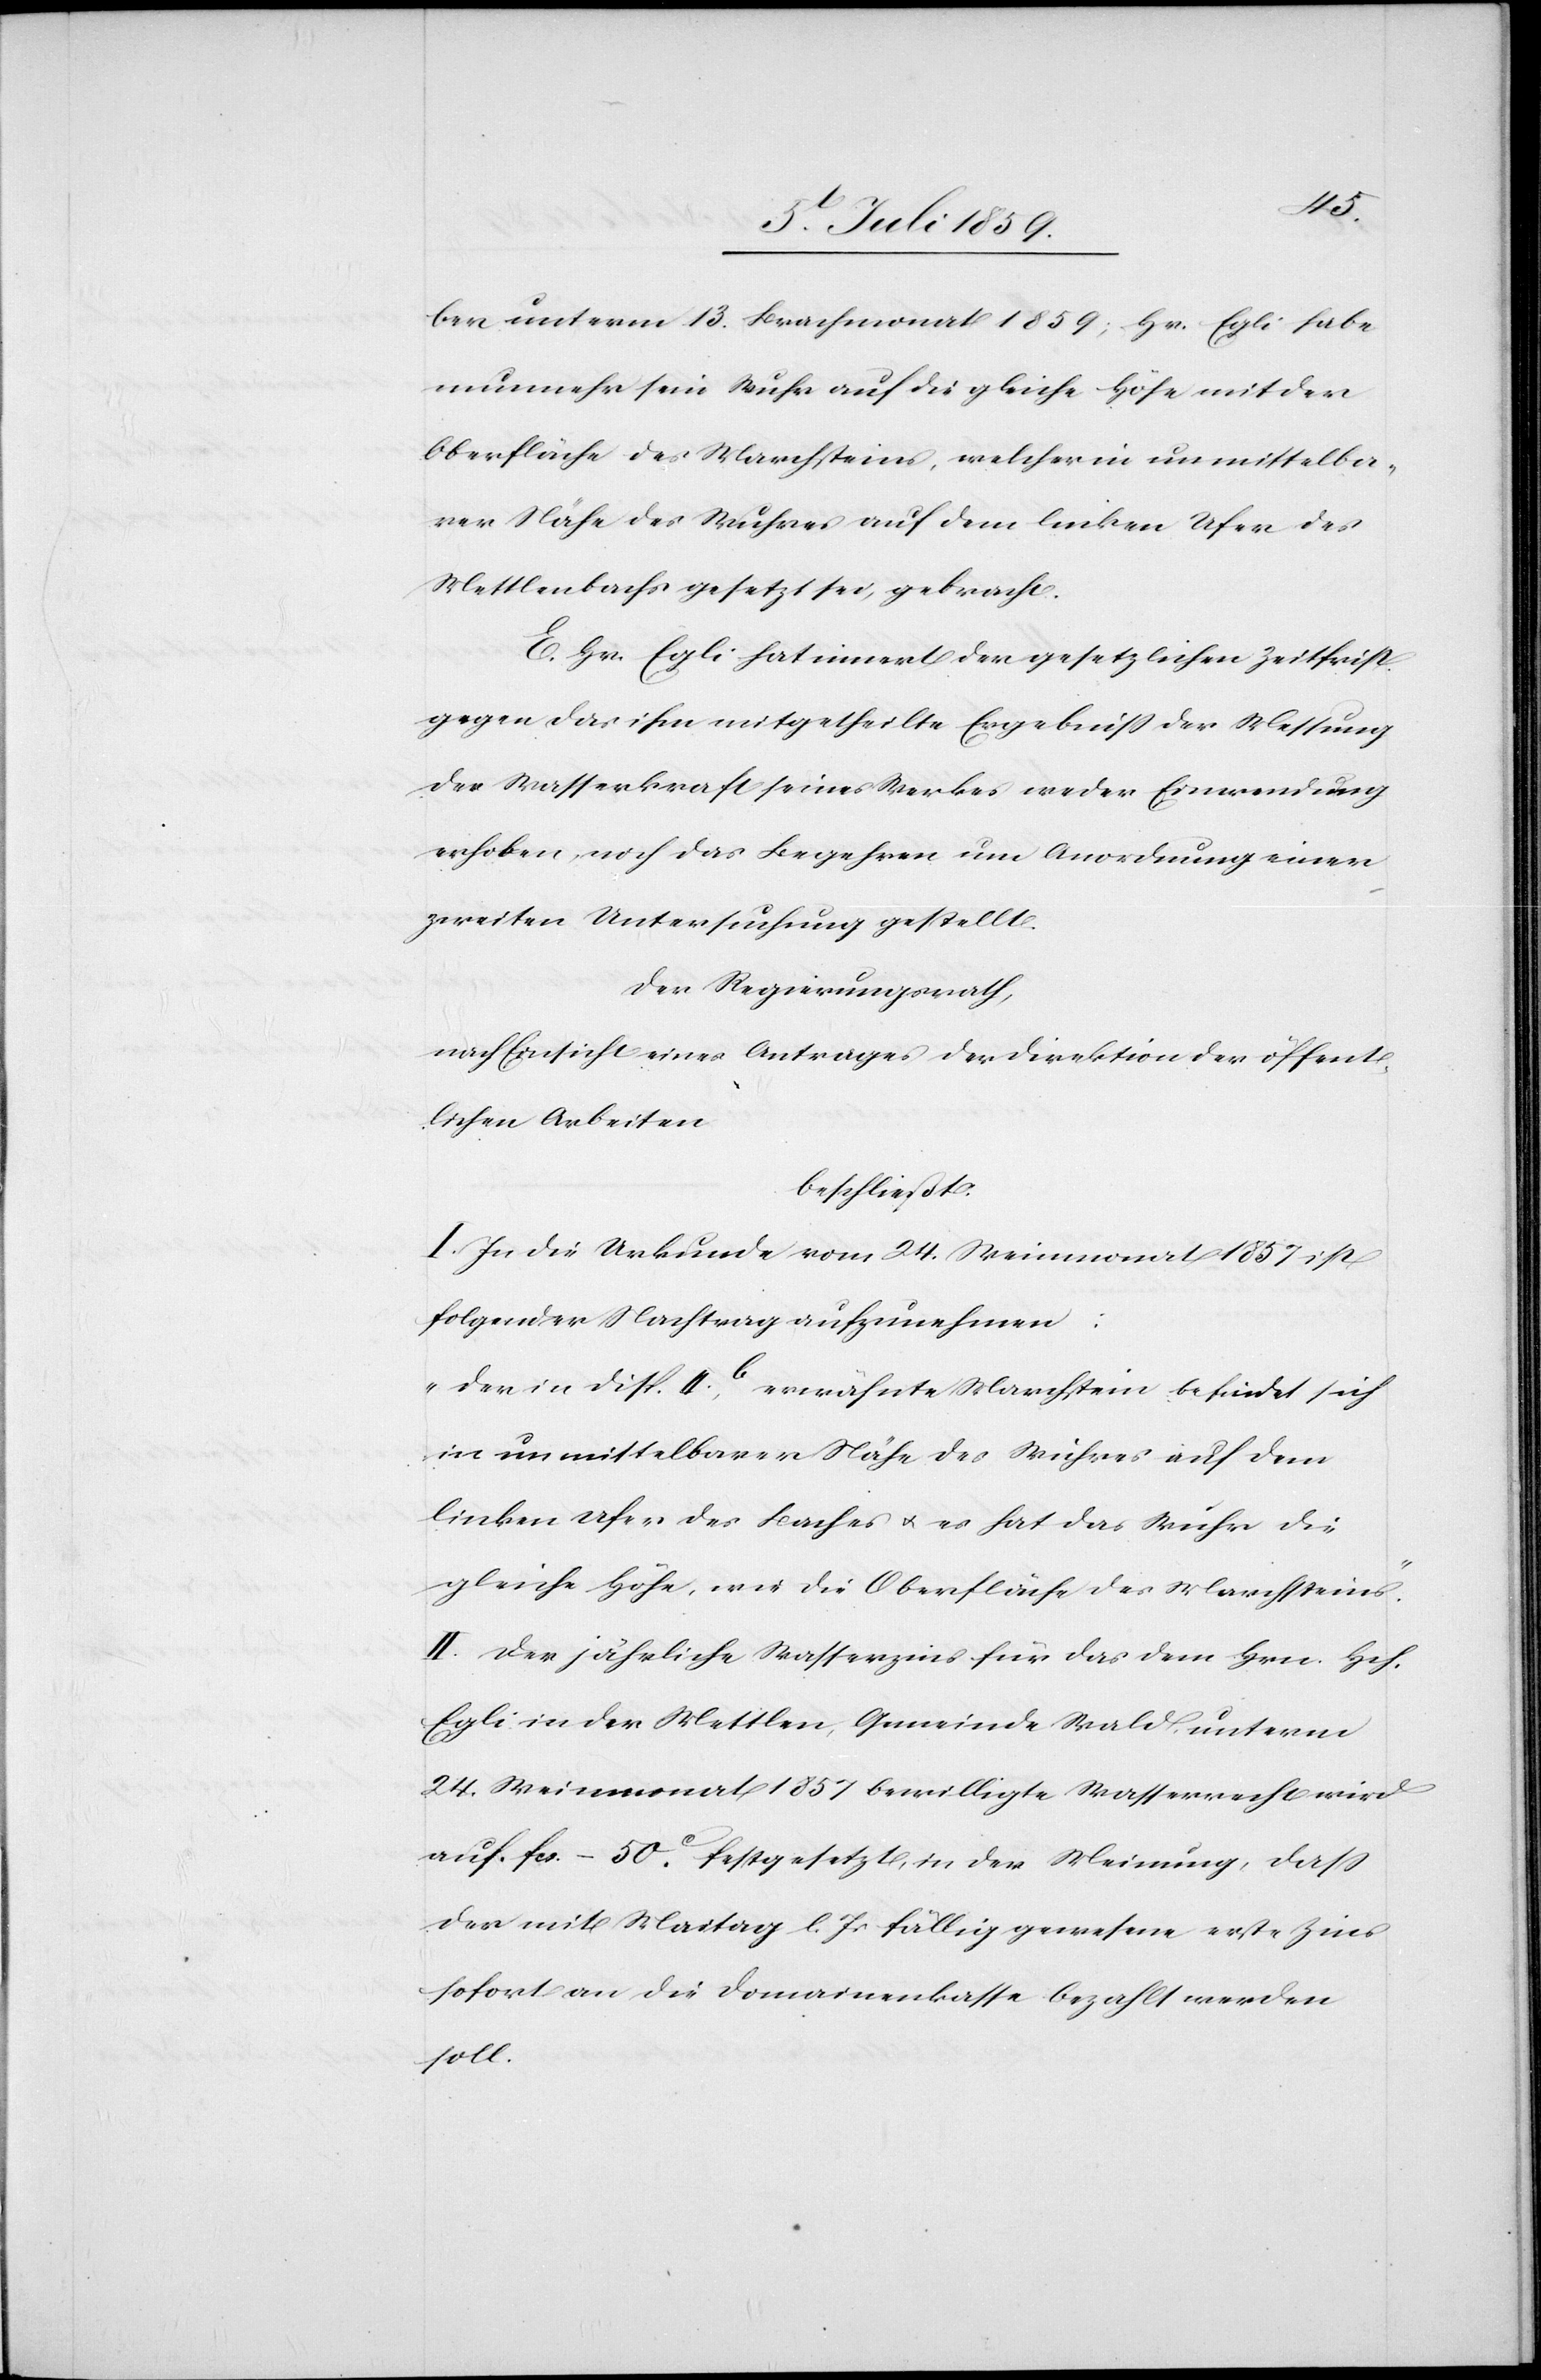
ber unterm 13. Brachmonat 1859; Hr. Egli habe
nunmehr sein Wuhr auf die gleiche Höhe mit der
Oberfläche des Marchsteins, welcher in unmittelba¬
rer Nähe des Wuhres auf dem linken Ufer des
Mettlenbachs gesetzt sei, gebracht.
E. Hr. Egli hat innert der gesetzlichen Zeitfrist
gegen das ihm mitgetheilte Ergebniß der Messung
der Wasserkraft seines Werkes weder Einwendung
erhoben, noch das Begehren um Anordnung einer
zweiten Untersuchung gestellt.
Der Regierungsrath,
nach Einsicht eines Antrages der Direktion der öffent¬
lichen Arbeiten
beschließt:
I. In die Urkunde vom 24. Weinmonat 1857 ist
folgender Nachtrag aufzunehmen:
„Der in Disp. II. b., erwähnte Marchstein befindet sich
in unmittelbarer Nähe des Wuhres auf dem
linken Ufer des Baches u. es hat das Wuhr die
gleiche Höhe, wie die Oberfläche des Marchsteines“.
II. Der jährliche Wasserzins für das dem Hrn. Hch.
Egli in der Mettlen, Gemeinde Wald, unterm
24. Weinmonat 1857 bewilligte Wasserrecht wird
auf fcs.–50c. festgesetzt, in der Meinung, daß
der mit Maitag l. Js. fällig gewesene erste Zins
sofort an die Domainenkasse bezahlt werden
soll.